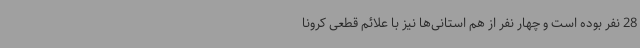
28 نفر بوده است و چهار نفر از هم استانی‌ها نیز با علائم قطعی کرونا